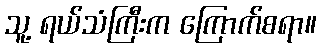
သူ့ ရယ်သံကြီးက ကြောက်စရာ။